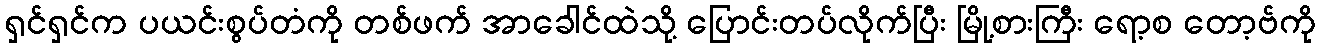
ရှင်ရှင်က ပယင်းစွပ်တံကို တစ်ဖက် အာခေါင်ထဲသို့ ပြောင်းတပ်လိုက်ပြီး မြို့စားကြီး ရော့စ တော့ဗ်ကို